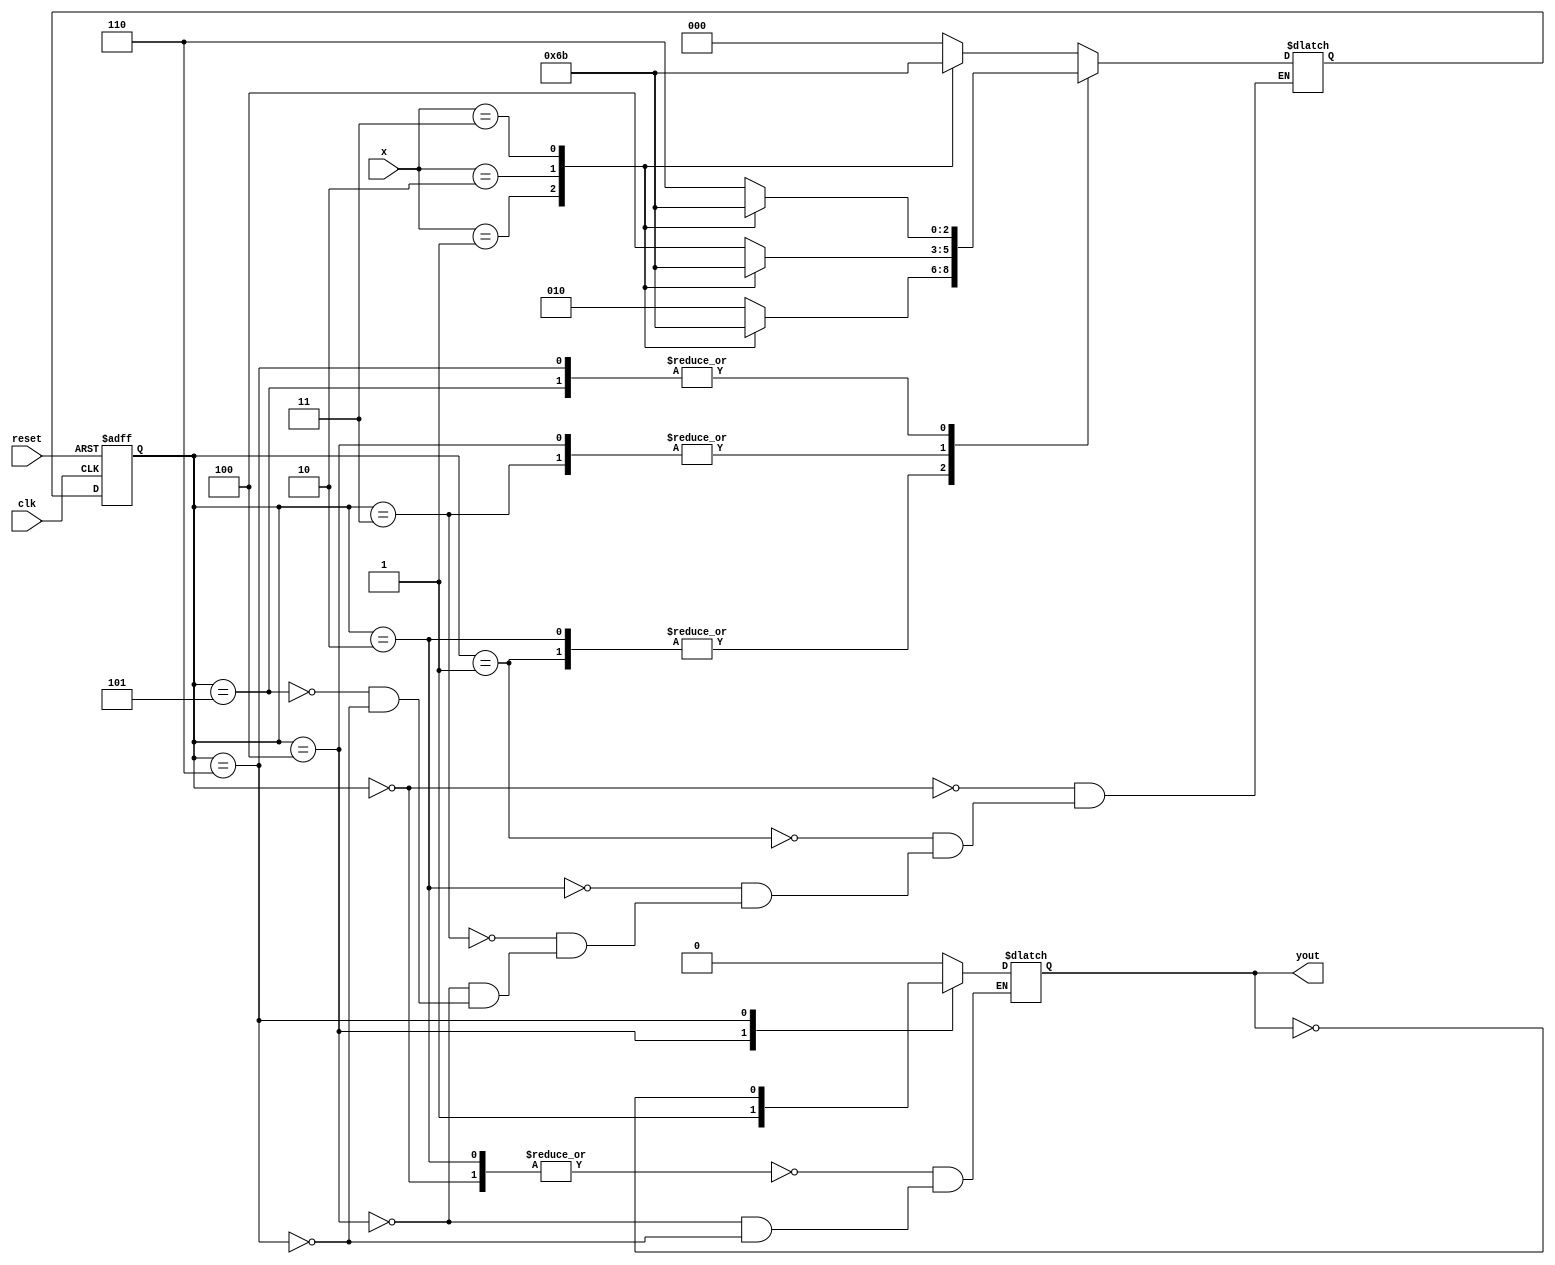
module Moore_FSM(
    input clk,
    input reset,
    input [1:0] x,
    output reg yout
    );
    
    reg [2:0] state, nextState;
    
    parameter s0 = 0, a0 = 1, a1 = 2, b0 = 3, b1 = 4, t0 = 5, t1 = 6;
    
    // update state
    always @(posedge clk or posedge reset) begin
        if (reset) begin
            state <= s0;
        end
        else begin
            state <= nextState;
        end
    end
    
    // compute nextState
    always @(x or state) begin
        case (state)
            s0: begin
                case (x)
                    0: nextState <= s0;
                    1: nextState <= a0;
                    2: nextState <= t0;
                    3: nextState <= b0;
                endcase
            end
            a0: begin
                case (x)
                    0: nextState <= a1;
                    1: nextState <= a0;
                    2: nextState <= t0;
                    3: nextState <= b0;
                endcase
            end
            a1: begin
                case (x)
                    0: nextState <= a1;
                    1: nextState <= a0;
                    2: nextState <= t0;
                    3: nextState <= b0;
                endcase
            end
            b0: begin
                case (x)
                    0: nextState <= b1;
                    1: nextState <= a0;
                    2: nextState <= t0;
                    3: nextState <= b0;
                endcase
            end
            b1: begin
                case (x)
                    0: nextState <= b1;
                    1: nextState <= a0;
                    2: nextState <= t0;
                    3: nextState <= b0;
                endcase
            end
            t0: begin
                case (x)
                    0: nextState <= t1;
                    1: nextState <= a0;
                    2: nextState <= t0;
                    3: nextState <= b0;
                endcase
            end
            t1: begin
                case (x)
                    0: nextState <= t1;
                    1: nextState <= a0;
                    2: nextState <= t0;
                    3: nextState <= b0;
                endcase
            end       
            
        endcase
    end
    
    // compute output
    always @(state) begin
        case (state)
            s0, a1: yout <= 0;
            a0, b0, t0: yout <= yout;
            b1: yout <= 1;
            t1: yout <= ~yout;
        endcase
    end
endmodule